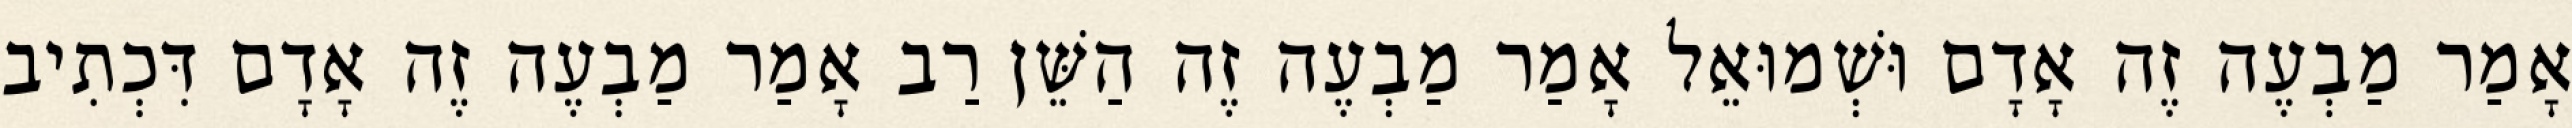
אָמַר מַבְעֶה זֶה אָדָם וּשְׁמוּאֵל אָמַר מַבְעֶה זֶה הַשֵּׁן רַב אָמַר מַבְעֶה זֶה אָדָם דִּכְתִיב